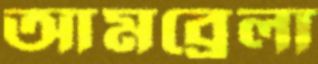
আমব্রেলা